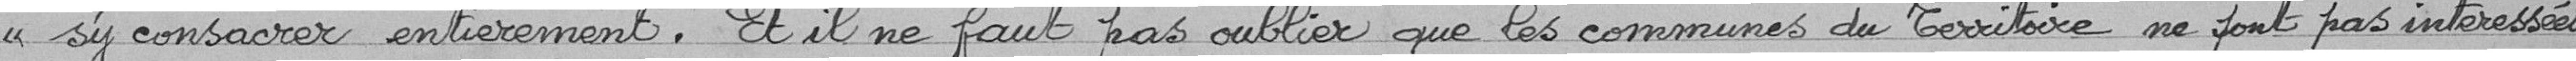
s'y consacrer entièrement. Et il ne faut pas oublier que les communes du Territoire ne sont pas intéressés